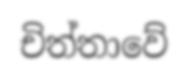
චිත්තාවේ